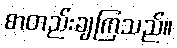
စာတည်းချကြသည်။